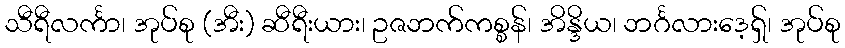
သီရီလင်္ကာ၊ အုပ်စု (အီး) ဆီရီးယား၊ ဥဇဘက်ကစ္စန်၊ အိန္ဒိယ၊ ဘင်္ဂလားဒေ့ရှ်၊ အုပ်စု